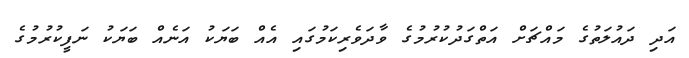
އަދި ދައުލަތުގެ މައްޗަށް އަތްގަދުކުރުމުގެ ވާދަވެރިކަމުގައި އެއް ބަޔަކު އަނެއް ބަޔަކު ނަފީކުރުމުގެ